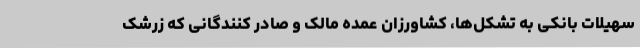
سهیلات بانکی به تشکل‌ها، کشاورزان عمده مالک و صادر کنندگانی که زرشک